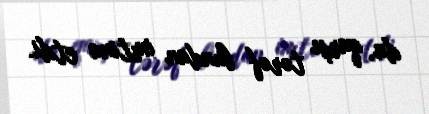
da, qarşı tərəf bundan imtina etdi.